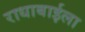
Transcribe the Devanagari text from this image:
राधाबाईला